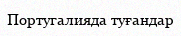
Португалияда туғандар